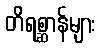
တိရစ္ဆာန်များ